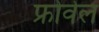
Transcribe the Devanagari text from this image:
फ्रोवेल